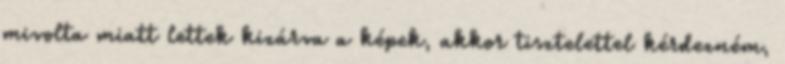
mivolta miatt lettek kizárva a képek, akkor tisztelettel kérdezném,